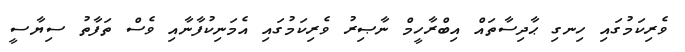
ވެރިކަމުގައި ހިނގި ޙާދިސާތައް އިބްރާހީމް ނާޞިރު ވެރިކަމުގައި އެމަނިކުފާނާއި ވެސް ތަފާތު ސިޔާސީ